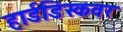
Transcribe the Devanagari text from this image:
हार्डडिस्कवर